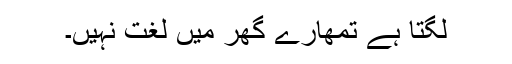
لگتا ہے تمھارے گھر میں لغت نہیں۔